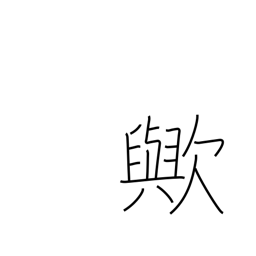
Meaning: interrogative particle